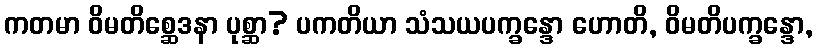
ကတမာ ဝိမတိစ္ဆေဒနာ ပုစ္ဆာ? ပကတိယာ သံသယပက္ခန္ဒော ဟောတိ, ဝိမတိပက္ခန္ဒော,